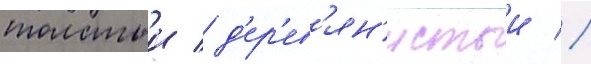
толстыи / д'ер'ев'ян'истыи //